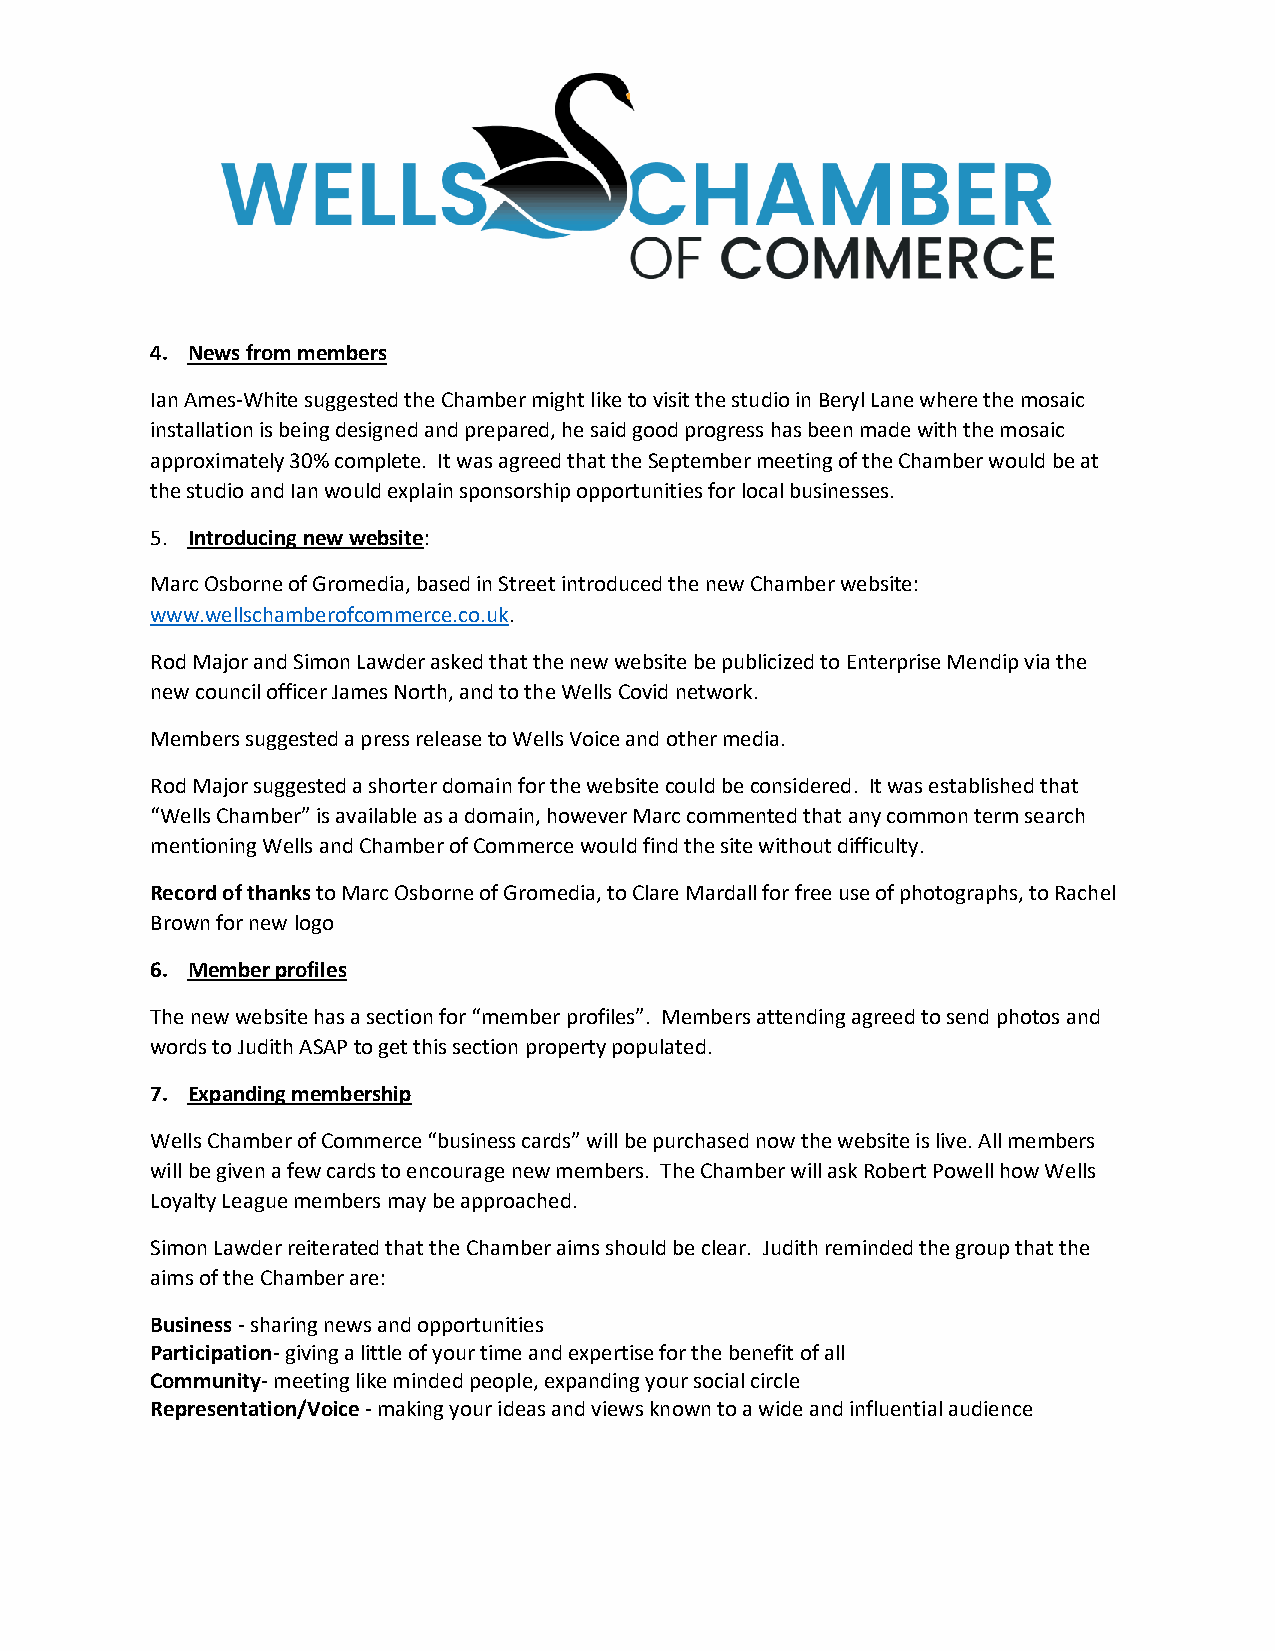
4. News from members
 Ian Ames-White suggested the Chamber might like to visit the studio in Beryl Lane where the mosaic
 installation is being designed and prepared, he said good progress has been made with the mosaic
 approximately 30% complete. It was agreed that the September meeting of the Chamber would be at
 the studio and Ian would explain sponsorship opportunities for local businesses.
 5. Introducing new website:
 Marc Osborne of Gromedia, based in Street introduced the new Chamber website:
 www.wellschamberofcommerce.co.uk.
 Rod Major and Simon Lawder asked that the new website be publicized to Enterprise Mendip via the
 new council officer James North, and to the Wells Covid network.
 Members suggested a press release to Wells Voice and other media.
 Rod Major suggested a shorter domain for the website could be considered. It was established that
 “Wells Chamber” is available as a domain, however Marc commented that any common term search
 mentioning Wells and Chamber of Commerce would find the site without difficulty.
 Record of thanks to Marc Osborne of Gromedia, to Clare Mardall for free use of photographs, to Rachel
 Brown for new logo
 6. Member profiles
 The new website has a section for “member profiles”. Members attending agreed to send photos and
 words to Judith ASAP to get this section property populated.
 7. Expanding membership
 Wells Chamber of Commerce “business cards” will be purchased now the website is live. All members
 will be given a few cards to encourage new members. The Chamber will ask Robert Powell how Wells
 Loyalty League members may be approached.
 Simon Lawder reiterated that the Chamber aims should be clear. Judith reminded the group that the
 aims of the Chamber are:
 Business - sharing news and opportunities
 Participation- giving a little of your time and expertise for the benefit of all
 Community- meeting like minded people, expanding your social circle
 Representation/Voice - making your ideas and views known to a wide and influential audience